Vaccination in Bombay 1913-1923 - 1913-1923
Year: 1913
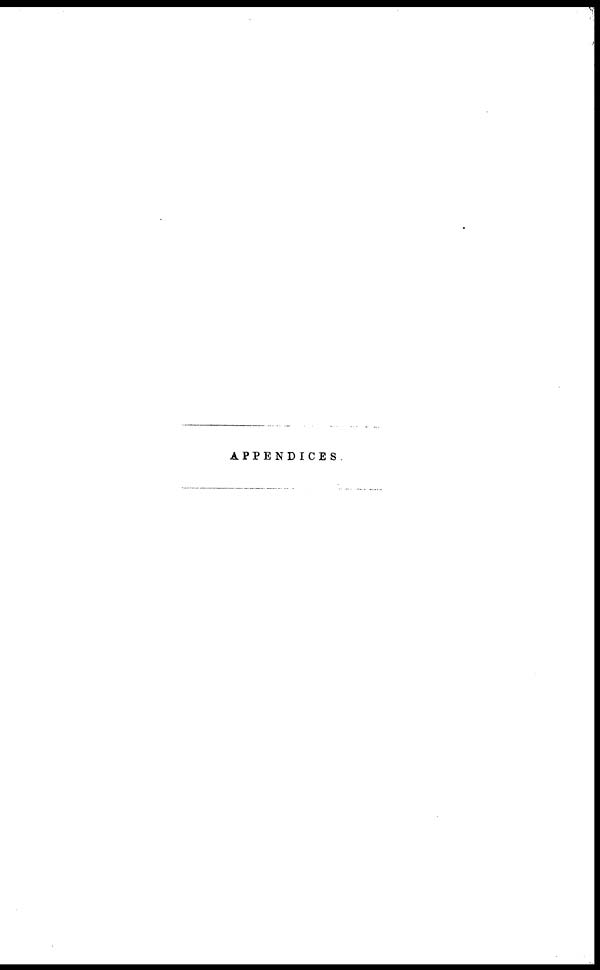
APPENDICES.